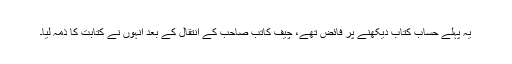
یہ پہلے حساب کتاب دیکھنے پر فائض تھے، چیف کاتب صاحب کے انتقال کے بعد انہوں نے کتابت کا ذمہ لیا۔